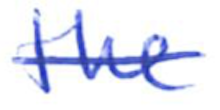
Text: the
Cross-out: single-line
Writing tool: ballpoint